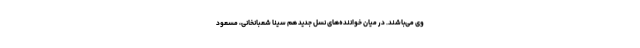
وی می‌باشند. در میان خواننده‌‌های نسل جدید هم سینا شعبانخانی، مسعود